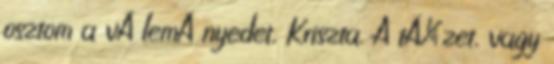
osztom a vÃ lemÃ nyedet, Kriszta. A tÃ¼zet, vagy